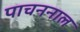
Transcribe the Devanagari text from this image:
पाचननाल